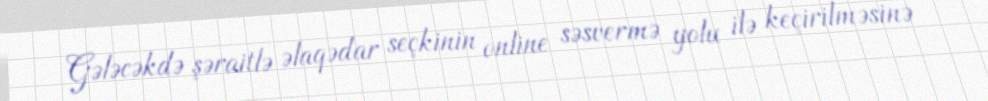
Gələcəkdə şəraitlə əlaqədar seçkinin online səsvermə yolu ilə keçirilməsinə